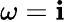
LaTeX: \omega=\mathbf{i}